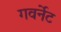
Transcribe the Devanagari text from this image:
गवर्नेट